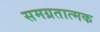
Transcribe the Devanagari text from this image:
समग्रतात्मक